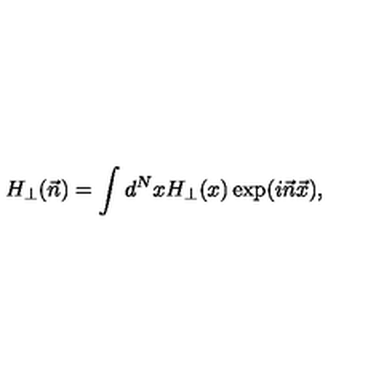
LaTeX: H _ { \perp } ( \vec { n } ) = \int d ^ { N } x H _ { \perp } ( x ) \exp ( i \vec { n } \vec { x } ) ,